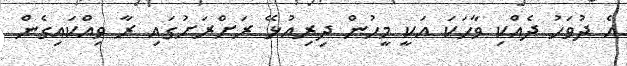
އެ ދުވަހު ދެއްކި ވާހަކަ އަކީ މީހުން ދިރިއުޅޭ ރަށްރަށުގައި ރާ ވިއްކައިގެން